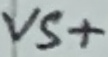
Text: VS+